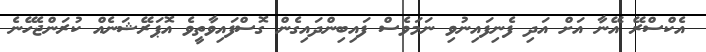
އެކްސްރޭ އޭނާ އަށް އަދި ފެނިފައިނުވި ނަމަވެސް ފައިބިންދައިގެން ގޮސްފައިވާތީވެ އޮޕަރޭޝަނެއް ކުރަންޖެހޭނެ